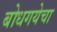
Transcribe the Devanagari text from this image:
बोधगयेचा